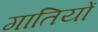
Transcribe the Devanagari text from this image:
गातियों